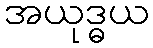
အယုဒ္ဓယ